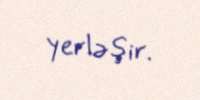
yerləşir.